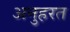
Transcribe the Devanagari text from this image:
अनुहरत